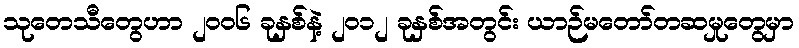
သုတေသီတွေဟာ ၂၀၀၆ ခုနှစ်နဲ့ ၂၀၁၂ ခုနှစ်အတွင်း ယာဉ်မတော်တဆမှုတွေမှာ